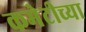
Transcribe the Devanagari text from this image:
कमेटीच्या